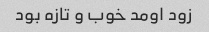
زود اومد خوب و تازه بود